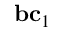
\mathbf { b c } _ { 1 }